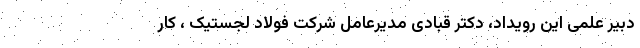
دبیر علمی این رویداد، دکتر قبادی مدیرعامل شرکت فولاد لجستیک ، کار